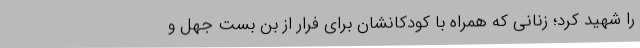
را شهید کرد؛ زنانی که همراه با کودکانشان برای فرار از بن بست جهل و